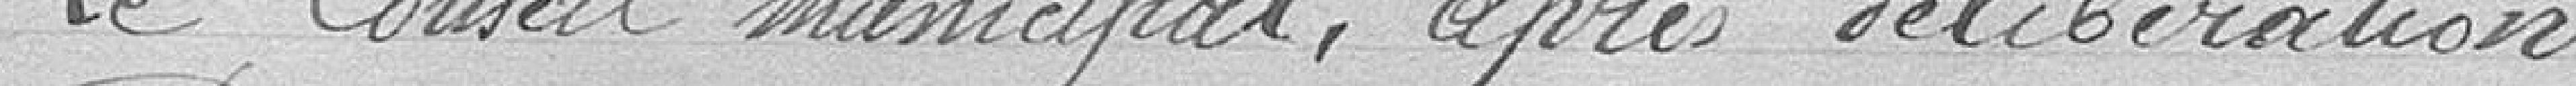
Le Conseil municipal, après délibération :